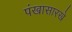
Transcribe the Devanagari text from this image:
पंखासारखे